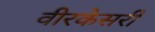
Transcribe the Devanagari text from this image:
वीरकेसरी